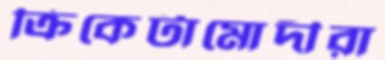
ক্রিকেটামোদীরা